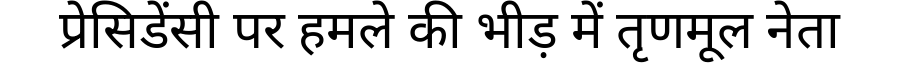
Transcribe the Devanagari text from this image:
प्रेसिडेंसी पर हमले की भीड़ में तृणमूल नेता